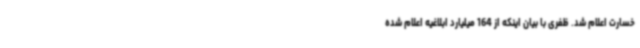
خسارت اعلام شد. ظفری با بیان اینکه از 164 میلیارد ابلاغیه اعلام شده